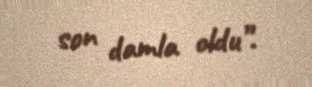
son damla oldu”.